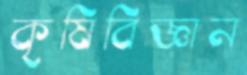
কৃষিবিজ্ঞান